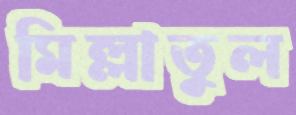
মিল্লাতুল